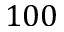
1 0 0